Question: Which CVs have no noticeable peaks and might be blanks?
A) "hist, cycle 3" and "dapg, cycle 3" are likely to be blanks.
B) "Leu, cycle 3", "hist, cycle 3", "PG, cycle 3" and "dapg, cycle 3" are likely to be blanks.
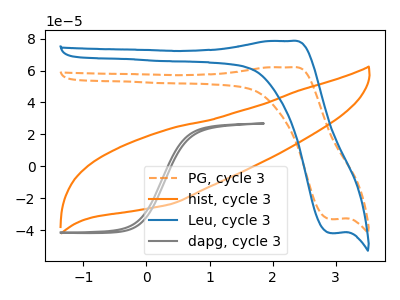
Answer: <think>The orange dashed curve "PG, cycle 3" has an anodic peak at (2.30V, 62.00uA) and a cathodic peak at (2.90V, -33.00uA). The orange curve "hist, cycle 3" has no peaks. The blue curve "Leu, cycle 3" has an anodic peak at (2.30V, 78.45uA) and a cathodic peak at (2.90V, -41.75uA). The gray curve "dapg, cycle 3" has no peaks.</think>
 <answer>A) "hist, cycle 3" and "dapg, cycle 3" are likely to be blanks.</answer>
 <eval>A</eval>